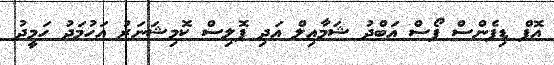
އޮފް ޑިފެންސް ފޯސް އަބްދު ޝަމާއިލް އަދި ޕޮލިސް ކޮމިޝަނަރު އަހުމަދު ހަމީދު